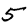
Digit: 5